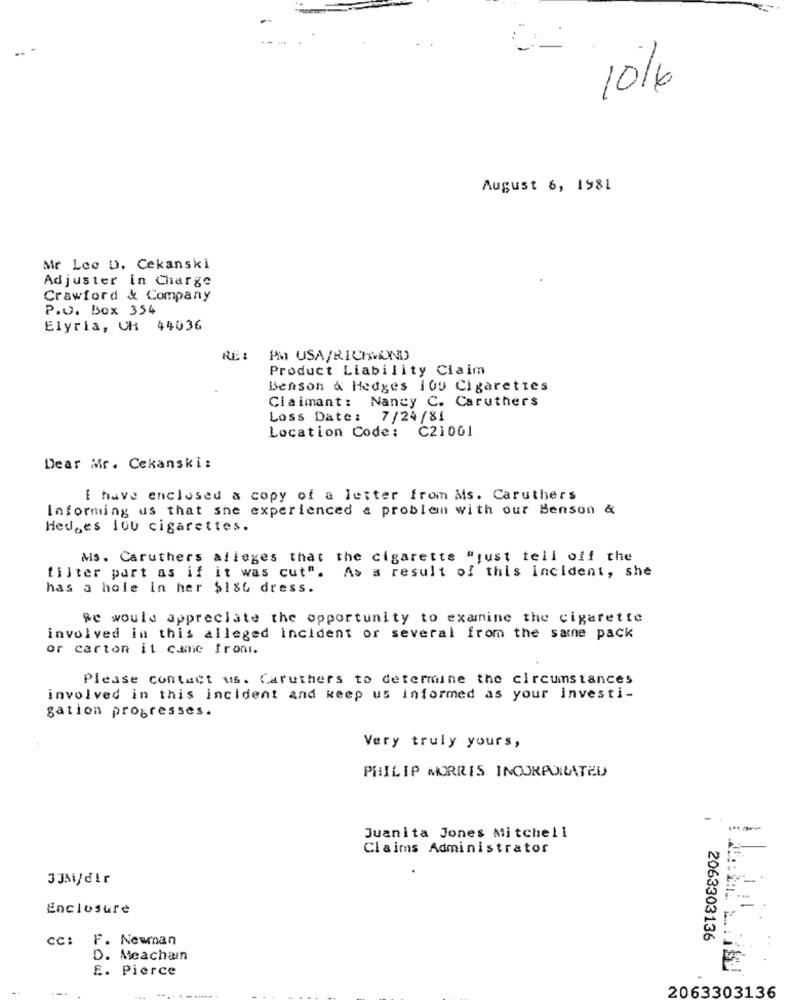
1016
August 6, 1981
Mr Leo D. Cekanski
Adjuster in Charge
Crawford & Company
P.O. Box 354
Elyria, CH 44036
RE:
PM USA/RICHMOND
Product Liability Claim
Benson & Hedges 100 Cigarettes
Claimant: Nancy C. Caruthers
Loss Date: 7/24/81
Location Code: C21001
Dear Mr. Cekanski:
I have enclosed & copy of a letter from Ms. Caruthers
Informing us that she experienced a problem with our Benson &
Hed,es lou cigarettes.
Ms. Caruthers alleges that the cigarette "just tell off the
filter part as if it was cut". As a result of this incident, she
has a hole in her $184 dress.
Re would appreciate the opportunity to examine the cigarette
involved in this alleged Incident or several from the same pack
or carton it came fromi.
Please contact us. Caruthers to determine the circumstances
involved in this incident and keep us informed as your investi-
gation progresses.
Very truly yours,
PHILIP MORRIS INCORPORATED
Juanita Jones Mitchell
Claims Administrator
JJhijdir
Enclosure
cc: F. Newnan
2063303136
D. Meachain
E. Pierce
2063303136